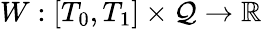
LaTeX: W:[T_{0},T_{1}]\times\mathcal{Q}\rightarrow\mathbb{R}